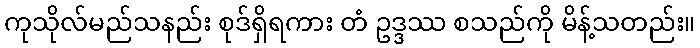
ကုသိုလ်မည်သနည်း စုဒ်ရှိရကား တံ ဥဒ္ဒဿ စသည်ကို မိန့်သတည်း။